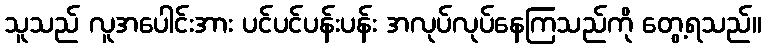
သူသည် လူအပေါင်းအား ပင်ပင်ပန်းပန်း အလုပ်လုပ်နေကြသည်ကို တွေ့ရသည်။